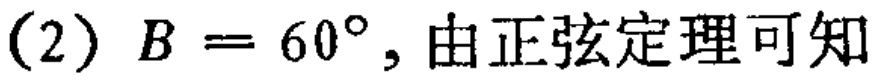
(2) \(B = 60^{\circ}\), 由正弦定理可知